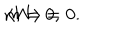
LaTeX: m = 0 , \hspace { 0 . 3 i n } \langle W \rangle = 0 .